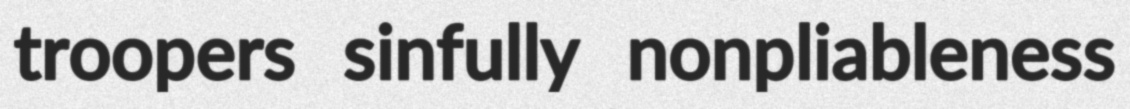
troopers sinfully nonpliableness